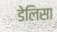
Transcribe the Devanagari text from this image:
डेलिसा